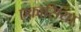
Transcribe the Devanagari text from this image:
एकासिया